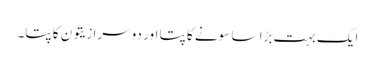
ایک بہت بڑا سا سونے کا پتا اور دوسرا زیتون کا پتا۔